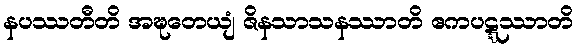
နပဿတီတိ အဍ္ဎတေယျံ ဇိနသာသနဿာတိ ဧကပဋ္ဋဿာတိ